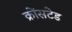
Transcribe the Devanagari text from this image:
क्रोंसटेड